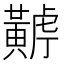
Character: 𪏏